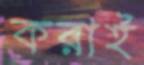
করাই